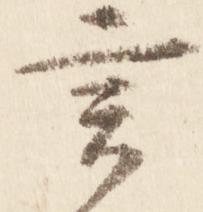
言